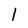
Character: 1